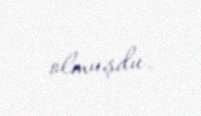
olmuşdu.